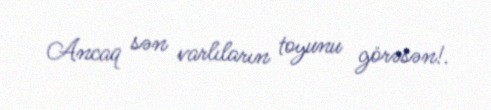
Ancaq sən varlıların toyunu görəsən!.